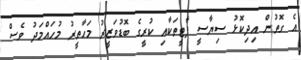
އެ ގޮތުން އިދިކޮޅު ސިޔާސީ ޕާޓީތަކާއި ކުރީގެ ބޮޑުވަޒީރު މަހާތީރު މުހައްމަދު ވެސް